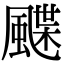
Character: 𩘏